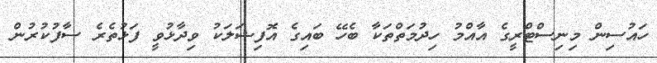
ހައުސިން މިނިސްޓްރީގެ އާއްމު ހިދުމަތްތަކާ ބެހޭ ބައިގެ އޮފިޝަލަކު ވިދާޅުވީ ފަޅުތެރެ ސާފުކުރުން